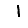
Digit: 1